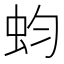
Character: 蚐